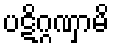
ပဋိဂ္ဂဏှာမိ